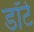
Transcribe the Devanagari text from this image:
डॉर्ट